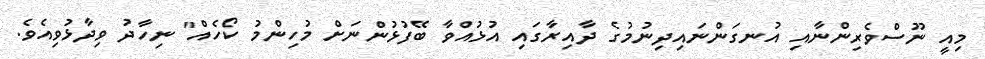
މިއީ ނޫސްވެރިންނާއި އުނގަންނައިދިނުމުގެ ދާއިރާގައި އުޅުއްވާ ބޭފުޅުންނަށް މުހިންމު ކޯހެއް" ނިހާދު ވިދާޅުވިއެވެ.